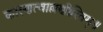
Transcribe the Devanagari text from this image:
कारणत्वाल्लणीरितम्॥